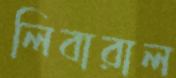
লিবারাল